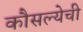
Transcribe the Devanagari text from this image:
कौसल्येची